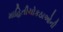
માહિતીચોકઠાઓની